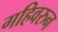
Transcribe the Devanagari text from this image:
गहिवरुन